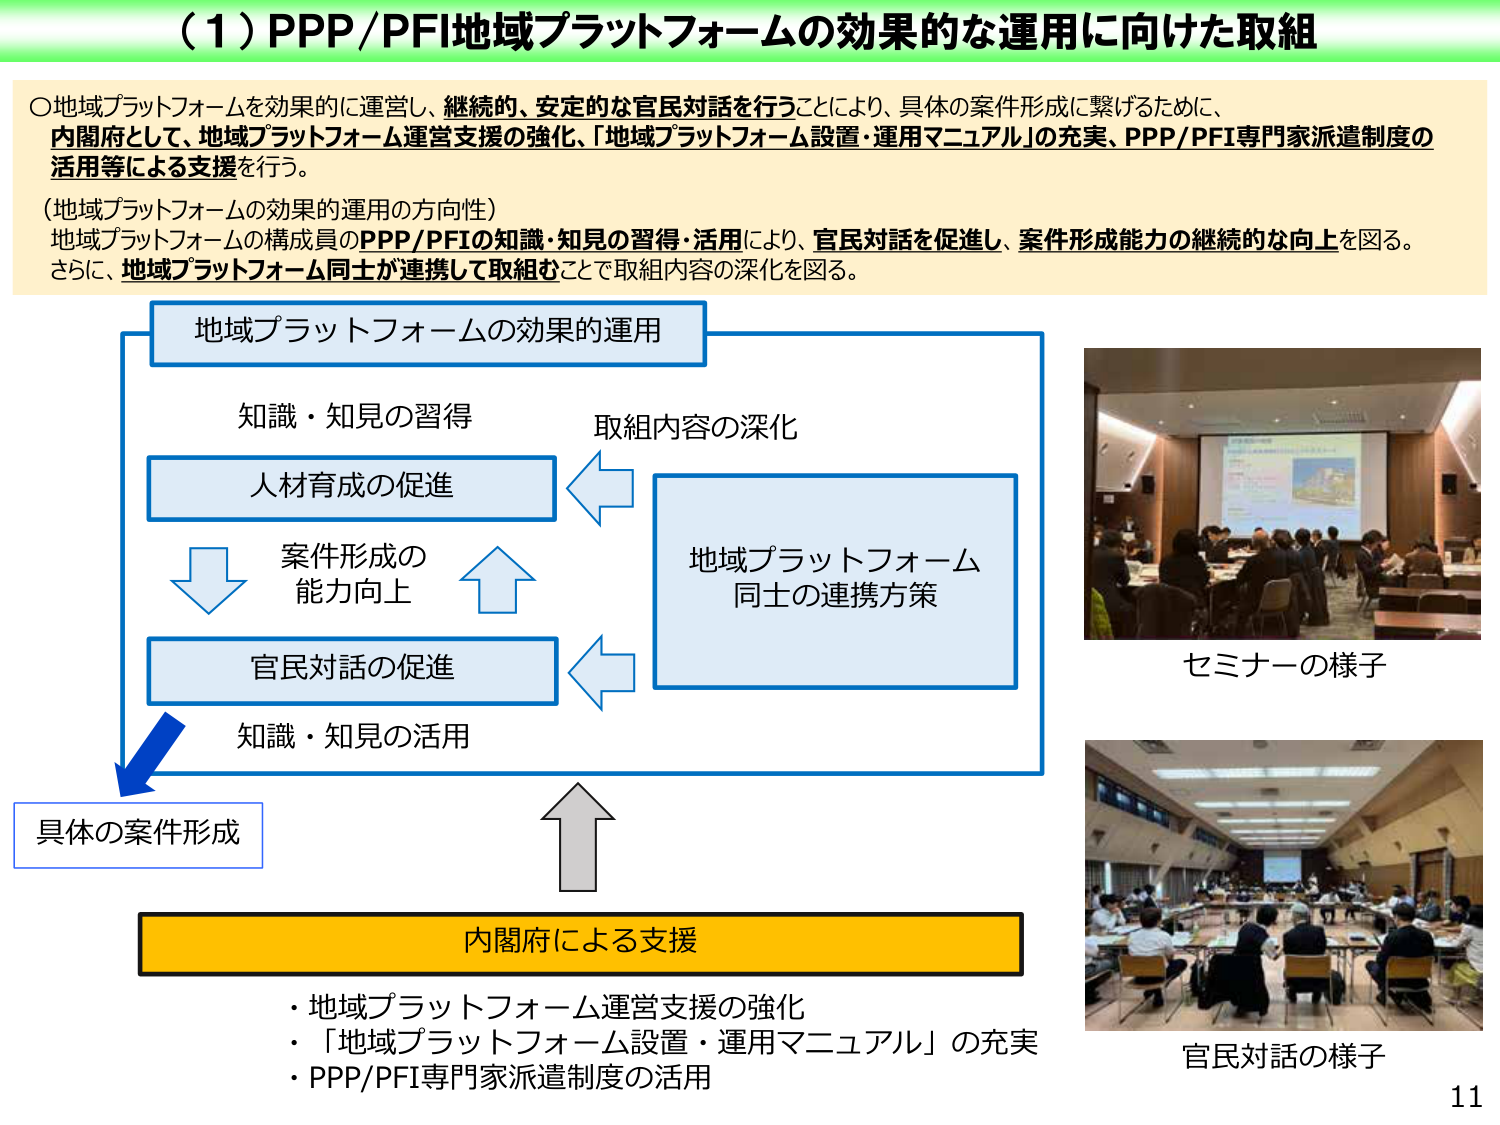
（1）PPP/PFI地域プラットフォームの効果的な運用に向けた取組

〇地域プラットフォームを効果的に運営し、継続的、安定的な官民対話を行うことにより、具体的な案件形成に繋げるために、
内閣府として、地域プラットフォーム運営支援の強化、「地域プラットフォーム設置・運用マニュアル」の充実、PPP/PFI専門家派遣制度の
活用等による支援を行う。

（地域プラットフォームの効果的運用の方向性）
地域プラットフォームの構成員のPPP/PFIの知識・知見の習得・活用により、官民対話を促進し、案件形成能力の継続的な向上を図る。
さらに、地域プラットフォーム同士が連携して取組むことで取組内容の深化を図る。

地域プラットフォームの効果的運用

知識・知見の習得
取組内容の深化

人材育成の促進

案件形成の
能力向上

地域プラットフォーム
同士の連携方策

官民対話の促進

知識・知見の活用

具体的な案件形成

内閣府による支援
・地域プラットフォーム運営支援の強化
・「地域プラットフォーム設置・運用マニュアル」の充実
・PPP/PFI専門家派遣制度の活用

セミナーの様子

官民対話の様子

11